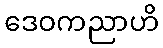
ဒေဝကညာဟိ